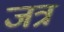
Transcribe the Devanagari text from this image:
जत्र